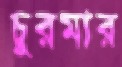
চুরমার